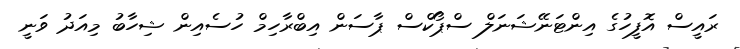
ރައީސް އޮފީހުގެ އިންޓަނޭޝަނަލް ސްޕޯކްސް ޕާސަން އިބްރާހިމް ހުސެއިން ޝިހާބު މިއަދު ވަނީ